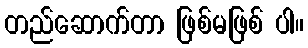
တည်ဆောက်တာ ဖြစ်မဖြစ် ပါ။